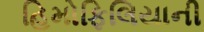
હિમોફિલિયાની